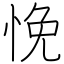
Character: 悗